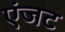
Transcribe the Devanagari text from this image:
एंजट